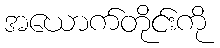
အယောက်တိုင်းကို